Vaccine operations Central Provinces & Berar 1912-1920 - 1912-1920
Year: 1912
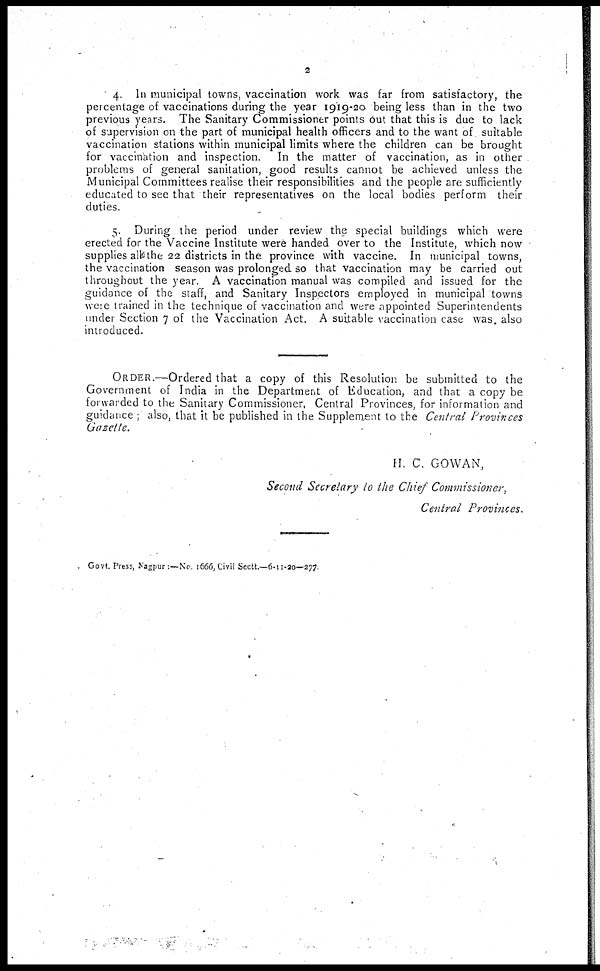
2
4. In municipal towns, vaccination work was far from satisfactory, the
percentage of vaccinations during the year 1919-20 being less than in the two
previous years. The Sanitary Commissioner points out that this is due to lack
of supervision on the part of municipal health officers and to the want of suitable
vaccination stations within municipal limits where the children can be brought
for vaccination and inspection. In the matter of vaccination, as in other
problems of general sanitation, good results cannot be achieved unless the
Municipal Committees realise their responsibilities and the people are sufficiently
educated to see that their representatives on the local bodies perform their
duties.
5. During the period under review the special buildings which were
erected for the Vaccine Institute were handed over to the Institute, which now
supplies all the 22 districts in the province with vaccine. In municipal towns,
the vaccination season was prolonged so that vaccination may be carried out
throughout the year. A vaccination manual was compiled and issued for the
guidance of the staff, and Sanitary Inspectors employed in municipal towns
were trained in the technique of vaccination and were appointed Superintendents
under Section 7 of the Vaccination Act. A suitable vaccination case was. also
introduced.
ORDER.—Ordered that a copy of this Resolution be submitted to the
Government of India in the Department of Education, and that a copy be
for warded to the Sanitary Commissioner, Central Provinces, for information and
guidance ; also, that it be published in the Supplement to the Central Provinces
Gazette.
H. C. GOWAN,
Second Secretary to the Chief Commissioner,
Central Provinces.
Govt. Press, Nagpur :—No. 1666, Civil Sectt.—6-11-20—277.